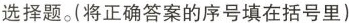
选择题。(将正确答案的序号填在括号里)